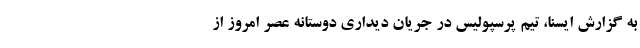
به گزارش ایسنا، تیم پرسپولیس در جریان دیداری دوستانه عصر امروز از